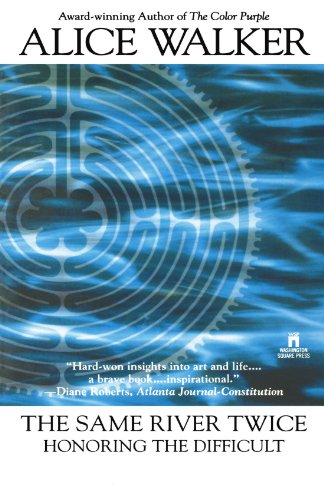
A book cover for The Same River Twice; Alice Walker; Humor & Entertainment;